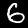
Label: 6